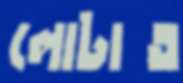
লোটাত